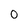
Character: 0